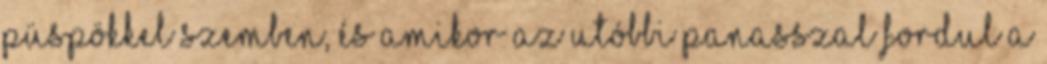
püspökkel szemben, és amikor az utóbbi panasszal fordul a